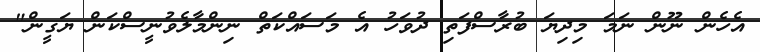
އެހެން ނޫން ނަމަ މިދިޔަ ބުރާސްފަތި ދުވަހު އެ މަސައްކަތް ނިންމާލެވުނީސްކަން ޔަގީން"